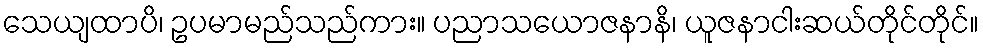
သေယျထာပိ၊ ဥပမာမည်သည်ကား။ ပညာသယောဇနာနိ၊ ယူဇနာငါးဆယ်တိုင်တိုင်။